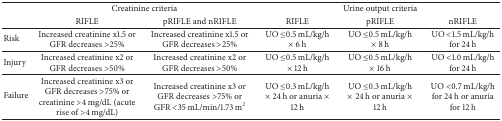
|  | <COLSPAN=2> Creatinine criteria | <COLSPAN=3> Urine output criteria |
 |  | RIFLE | pRIFLE and nRIFLE | RIFLE | pRIFLE | nRIFLE |
 | --- | --- | --- | --- | --- | --- |
 | Risk | Increased creatinine x1.5 or GFR decreases >25% | Increased creatinine x1.5 or GFR decreases >25% | UO ≤0.5 mL/kg/h × 6 h | UO ≤0.5 mL/kg/h × 8 h | UO <1.5 mL/kg/h for 24 h |
 | Injury | Increased creatinine x2 or GFR decreases >50% | Increased creatinine x2 or GFR decreases >50% | UO ≤0.5 mL/kg/h × 12 h | UO ≤0.5 mL/kg/h × 16 h | UO <1.0 mL/kg/h for 24 h |
 | Failure | Increased creatinine x3 or GFR decreases >75% or creatinine >4 mg/dL (acute rise of >4 mg/dL) | Increased creatinine x3 or GFR decreases >75% or GFR <35 mL/min/1.73 m2 | UO ≤0.3 mL/kg/h × 24 h or anuria × 12 h | UO ≤0.3 mL/kg/h × 24 h or anuria × 12 h | UO <0.7 mL/kg/h for 24 h or anuria for 12 h |